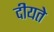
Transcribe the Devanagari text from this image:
दीयते